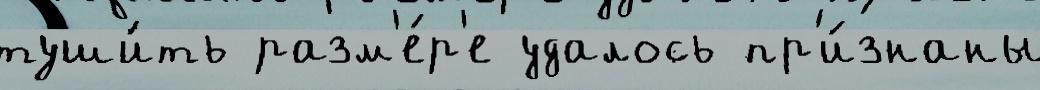
туши́ть разм'е́р'е удалось пр'и́знаны